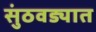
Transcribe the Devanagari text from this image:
सुंठवड्यात